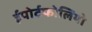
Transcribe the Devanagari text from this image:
ईपोर्टफोलियो